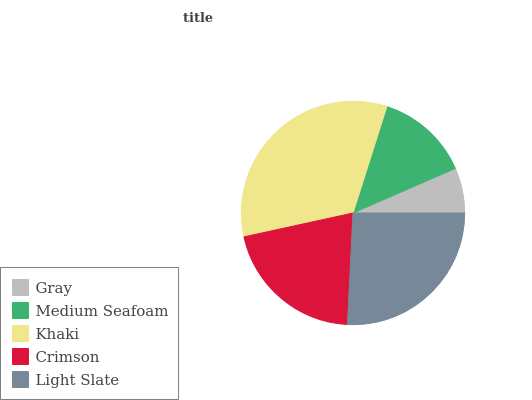
| Gray | Medium Seafoam | Khaki | Crimson | Light Slate |
 | --- | --- | --- | --- | --- |
 | 6.53% | 13.6% | 33.3% | 20.8% | 25.8% |